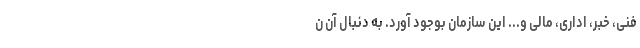
فنی‌، خبر، اداری‌، مالی و... این سازمان بوجود آورد. به دنبال آن ن